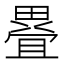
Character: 疂